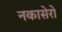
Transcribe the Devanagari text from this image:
नकासेरो